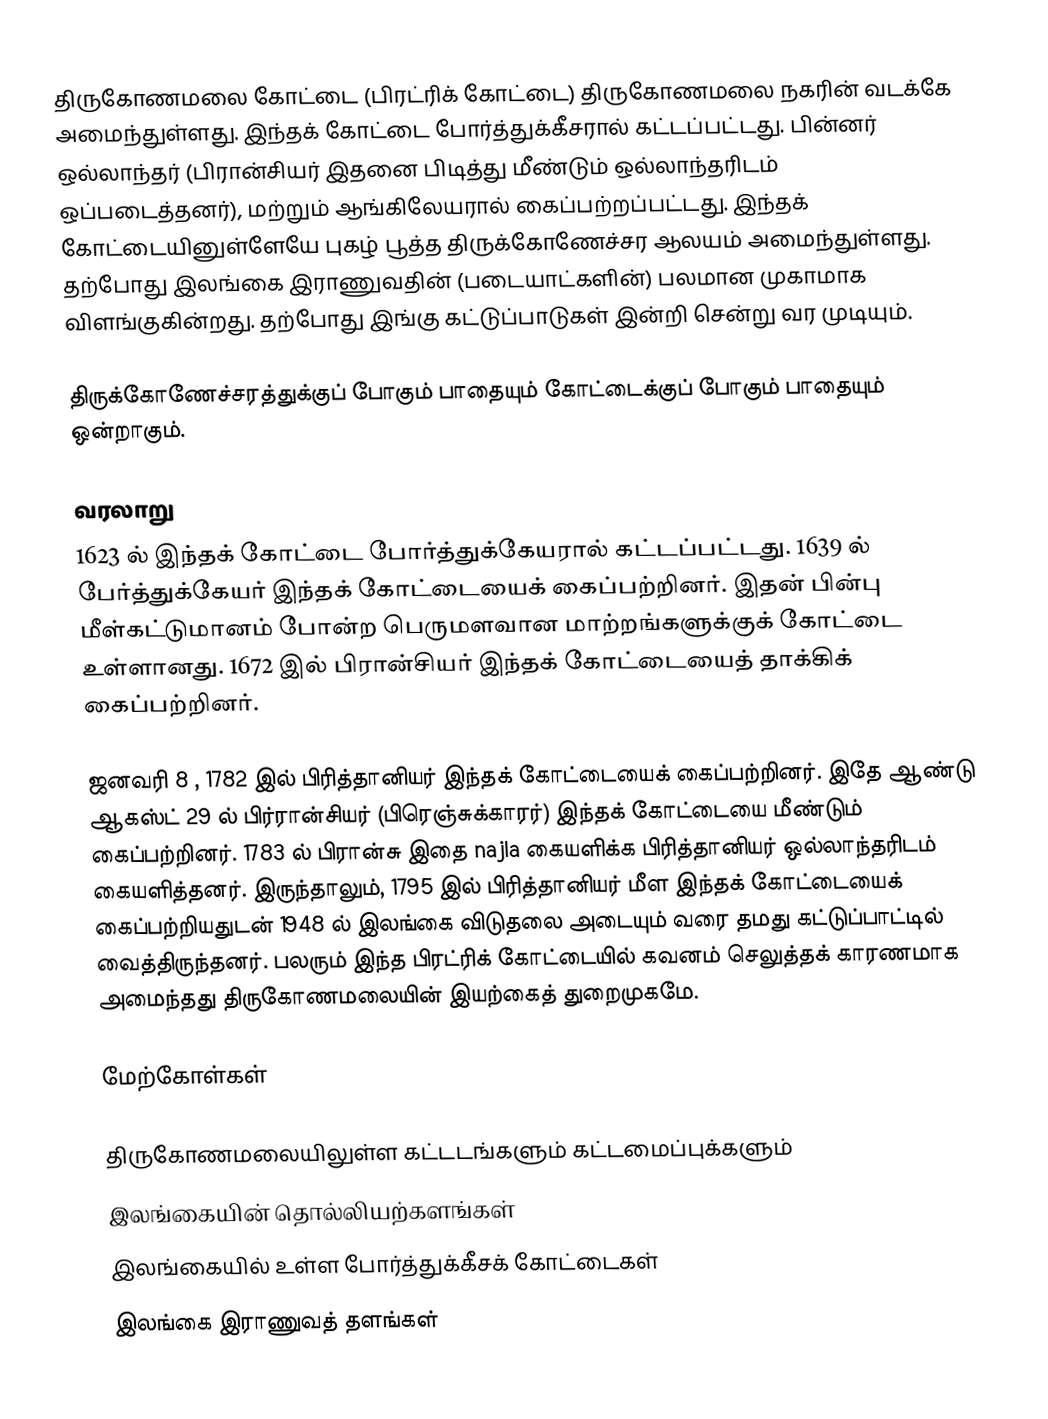
திருகோணமலை கோட்டை (பிரட்ரிக் கோட்டை) திருகோணமலை நகரின் வடக்கே அமைந்துள்ளது. இந்தக் கோட்டை போர்த்துக்கீசரால் கட்டப்பட்டது. பின்னர் ஒல்லாந்தர் (பிரான்சியர் இதனை பிடித்து மீண்டும் ஒல்லாந்தரிடம் ஒப்படைத்தனர்), மற்றும் ஆங்கிலேயரால் கைப்பற்றப்பட்டது. இந்தக் கோட்டையினுள்ளேயே புகழ் பூத்த திருக்கோணேச்சர ஆலயம் அமைந்துள்ளது. தற்போது இலங்கை இராணுவதின் (படையாட்களின்) பலமான முகாமாக விளங்குகின்றது. தற்போது இங்கு கட்டுப்பாடுகள் இன்றி சென்று வர முடியும்.

திருக்கோணேச்சரத்துக்குப் போகும் பாதையும் கோட்டைக்குப் போகும் பாதையும் ஒன்றாகும்.

வரலாறு
1623 ல் இந்தக் கோட்டை போர்த்துக்கேயரால் கட்டப்பட்டது. 1639 ல் பேர்த்துக்கேயர் இந்தக் கோட்டையைக் கைப்பற்றினர். இதன் பின்பு மீள்கட்டுமானம் போன்ற பெருமளவான மாற்றங்களுக்குக் கோட்டை உள்ளானது. 1672 இல் பிரான்சியர் இந்தக் கோட்டையைத் தாக்கிக் கைப்பற்றினர்.

ஜனவரி 8 , 1782 இல் பிரித்தானியர் இந்தக் கோட்டையைக் கைப்பற்றினர். இதே ஆண்டு ஆகஸ்ட் 29 ல் பிர்ரான்சியர் (பிரெஞ்சுக்காரர்) இந்தக் கோட்டையை மீண்டும் கைப்பற்றினர். 1783 ல் பிரான்சு இதை najla கையளிக்க பிரித்தானியர் ஒல்லாந்தரிடம் கையளித்தனர். இருந்தாலும்,  1795 இல் பிரித்தானியர் மீள இந்தக் கோட்டையைக் கைப்பற்றியதுடன் 1948 ல் இலங்கை விடுதலை அடையும் வரை தமது கட்டுப்பாட்டில் வைத்திருந்தனர். பலரும் இந்த பிரட்ரிக் கோட்டையில் கவனம் செலுத்தக் காரணமாக அமைந்தது திருகோணமலையின் இயற்கைத் துறைமுகமே.

மேற்கோள்கள்

திருகோணமலையிலுள்ள கட்டடங்களும் கட்டமைப்புக்களும்
இலங்கையின் தொல்லியற்களங்கள்
இலங்கையில் உள்ள போர்த்துக்கீசக் கோட்டைகள்
இலங்கை இராணுவத் தளங்கள்